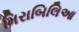
મિરાબિલિઆ